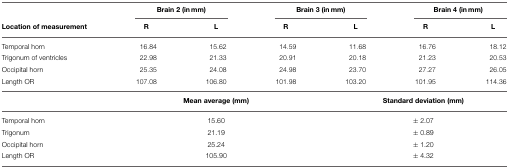
|  | <COLSPAN=2> Brain 2 (in mm) | <COLSPAN=2> Brain 3 (in mm) | <COLSPAN=2> Brain 4 (in mm) |
 | Location of measurement | R | L | R | L | R | L |
 | --- | --- | --- | --- | --- | --- | --- |
 | Temporal horn | 16.84 | 15.62 | 14.59 | 11.68 | 16.76 | 18.12 |
 | Trigonum of ventricles | 22.98 | 21.33 | 20.91 | 20.18 | 21.23 | 20.53 |
 | Occipital horn | 25.35 | 24.08 | 24.98 | 23.70 | 27.27 | 26.05 |
 | Length OR | 107.08 | 106.80 | 101.98 | 103.20 | 101.95 | 114.36 |
 |  | <COLSPAN=3> Mean average (mm) | <COLSPAN=3> Standard deviation (mm) |
 | Temporal horn | <COLSPAN=3> 15.60 | <COLSPAN=3> ± 2.07 |
 | Trigonum | <COLSPAN=3> 21.19 | <COLSPAN=3> ± 0.89 |
 | Occipital horn | <COLSPAN=3> 25.24 | <COLSPAN=3> ± 1.20 |
 | Length OR | <COLSPAN=3> 105.90 | <COLSPAN=3> ± 4.32 |